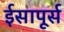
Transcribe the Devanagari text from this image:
ईसापूर्स